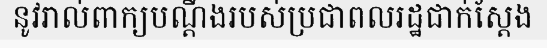
នូវរាល់ពាក្យបណ្តឹងរបស់ប្រជាពលរដ្ឋជាក់ស្តែង